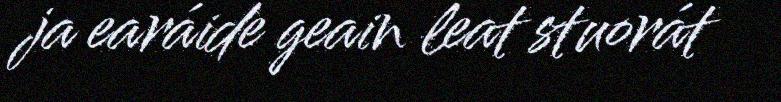
ja earáide geain leat stuorát